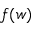
f ( w )